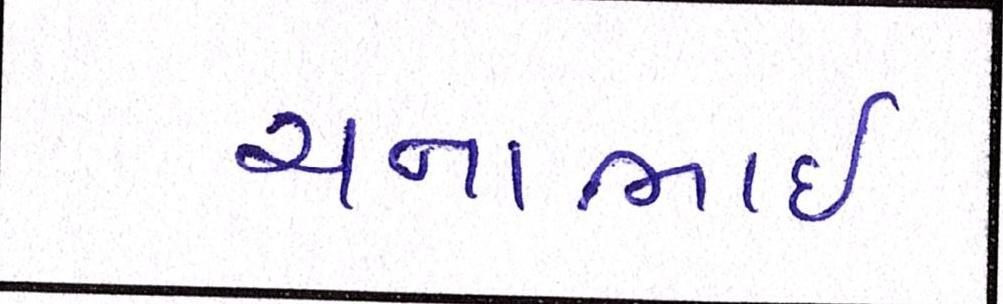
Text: ચનાભાઇ